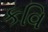
કવિ